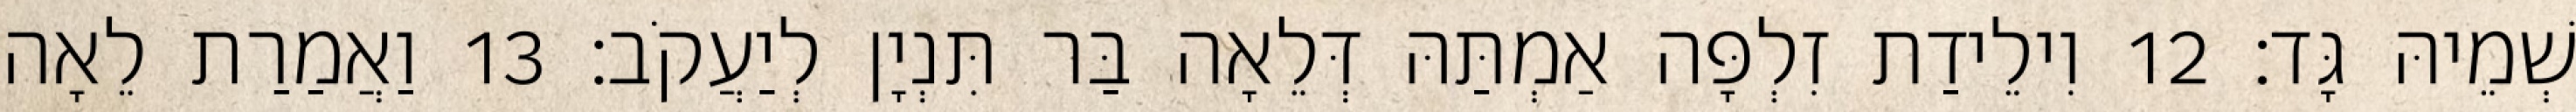
שְׁמֵיהּ גָּד׃ 12 וִילֵידַת זִלְפָּה אַמְתַּהּ דְּלֵאָה בַּר תִּנְיָן לְיַעֲקֹב׃ 13 וַאֲמַרַת לֵאָה